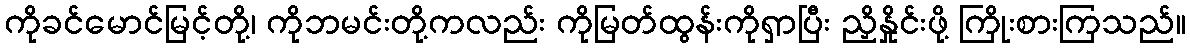
ကိုခင်မောင်မြင့်တို့၊ ကိုဘမင်းတို့ကလည်း ကိုမြတ်ထွန်းကိုရှာပြီး ညှိနှိုင်းဖို့ ကြိုးစားကြသည်။